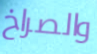
والصراخ